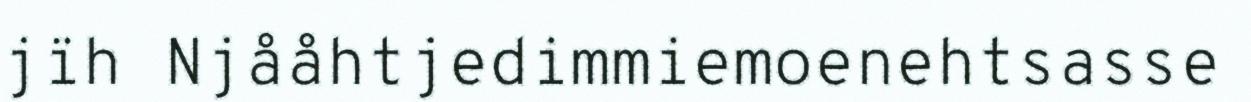
jïh Njååhtjedimmiemoenehtsasse